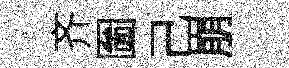
齐圗己崩